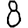
Digit: 8